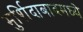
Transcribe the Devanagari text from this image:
मुर्शिदाबादमध्ये